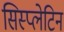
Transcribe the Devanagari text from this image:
सिस्प्लेटिन